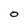
Character: O